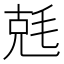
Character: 兞